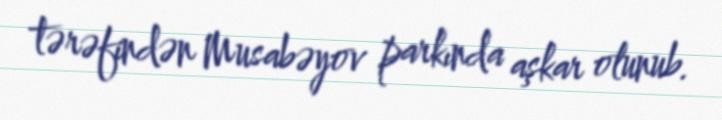
tərəfindən Musabəyov parkında aşkar olunub.